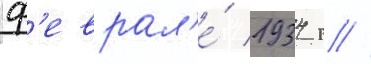
ф'еврал'е́ 1934 г //